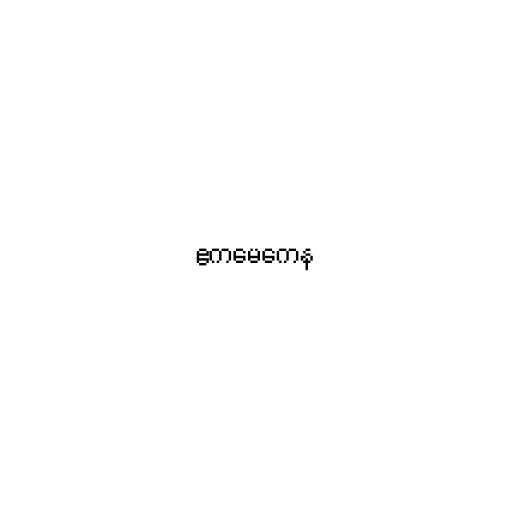
ဧကမေကေန